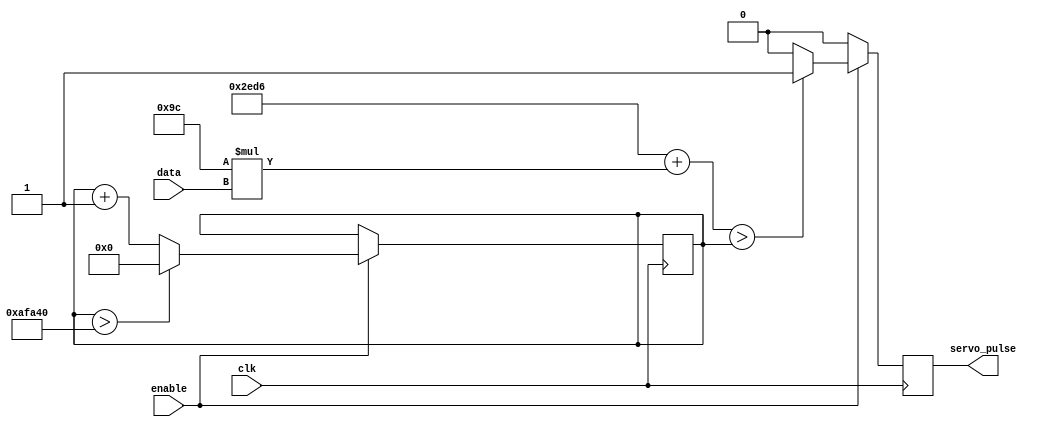
module ServoDriver_24MHz_30ms
(
	input clk, enable, 
	input wire[7:0] data, 
	
	output reg servo_pulse
);
/*
INPUTS:
	clk - clock
	enable - an enable bit
	data - the data describing the pulse to the servo, 8-bit (0-255) instruction
OUTPUTS:
	servo_pulse - the servo pulse output
*/

//Assignments:
//parameter ClkDiv = 94; 		// 24000000/1000/256 = 93.75
reg [19:0] fullPulse_Count; 	// 30ms = a 24Hz pulse
reg [16:0] smallPulse_Limit; 	// 3ms = a 24Hz pulse

//Calculation block - hardcoded:
always @ (posedge clk) begin
	if (enable) begin														//modified always blocks to ensure synchronous reset, 
																				//otherwise any glitch can trigger always block + we fix Quartus complaints
		smallPulse_Limit = 11990 + (156 * data); 					//numbers found through trial + error... (mult was 170)
		
		if (fullPulse_Count > 719424) fullPulse_Count <= 0; 	//pulse every 24hz, 30ms period
		else fullPulse_Count <= fullPulse_Count + 1;
	
		if (smallPulse_Limit > fullPulse_Count) servo_pulse <= 1;
		else servo_pulse <= 0;
	end
	else servo_pulse <= 0;
end

endmodule